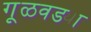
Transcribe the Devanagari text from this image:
गूळवड्या